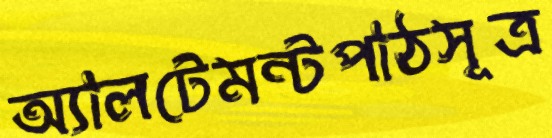
অ্যালটেমন্টপাঠসূত্র